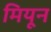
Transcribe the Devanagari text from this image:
मियून